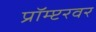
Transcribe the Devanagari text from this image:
प्रॉम्प्टरवर